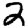
Digit: 2